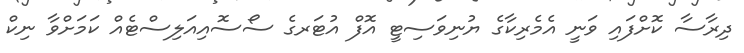
ދިރާސާ ކޮށްފައި ވަނީ އެމެރިކާގެ ޔުނިވަސިޓީ އޮފް އުޓަރގެ ސޯސޮއިއަލިސްޓެއް ކަމަށްވާ ނިކް